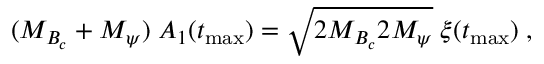
( M _ { B _ { c } } + M _ { \psi } ) \; A _ { 1 } ( t _ { \mathrm { m a x } } ) = \sqrt { 2 M _ { B _ { c } } 2 M _ { \psi } } \; \xi ( t _ { \mathrm { m a x } } ) \; ,